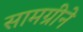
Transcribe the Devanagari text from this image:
सामग्रीने